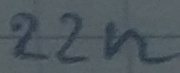
Text: 22n